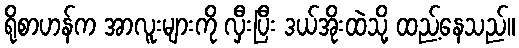
ရိုစာဟန်က အာလူးများကို လှီးပြီး ဒယ်အိုးထဲသို့ ထည့်နေသည်။